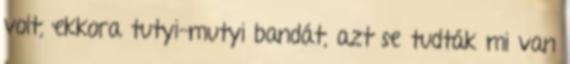
volt, ekkora tutyi-mutyi bandát, azt se tudták mi van